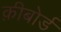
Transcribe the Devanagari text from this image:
क़ीबोर्ड